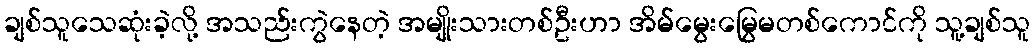
ချစ်သူသေဆုံးခဲ့လို့ အသည်းကွဲနေတဲ့ အမျိုးသားတစ်ဦးဟာ အိမ်မွေးမြွေမတစ်ကောင်ကို သူ့ချစ်သူ